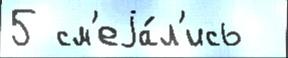
5 см'еjа́л'ись